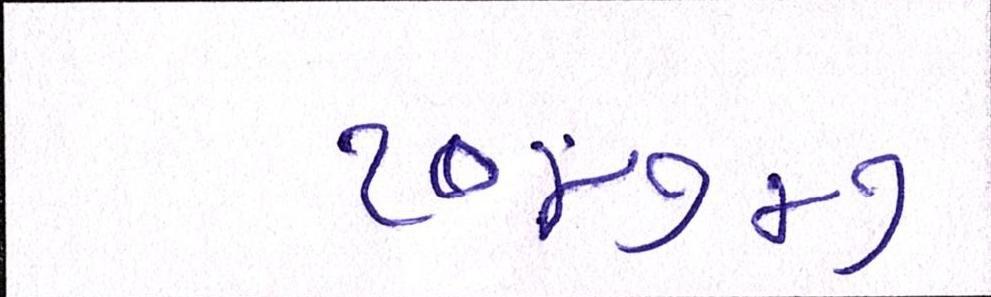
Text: ૧૦૪૭૪૭